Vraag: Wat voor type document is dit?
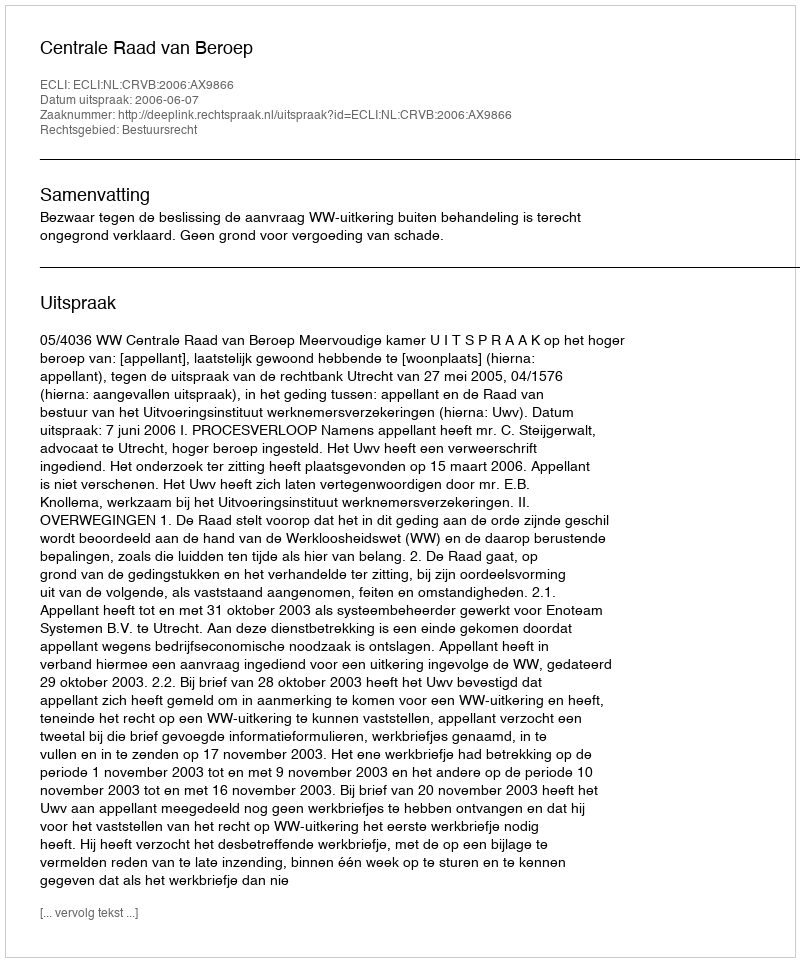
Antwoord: Uitspraak